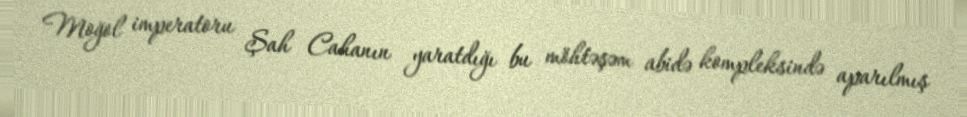
Moğol imperatoru Şah Cahanın yaratdığı bu möhtəşəm abidə kompleksində aparılmış